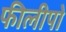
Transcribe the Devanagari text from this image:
फीलीपो